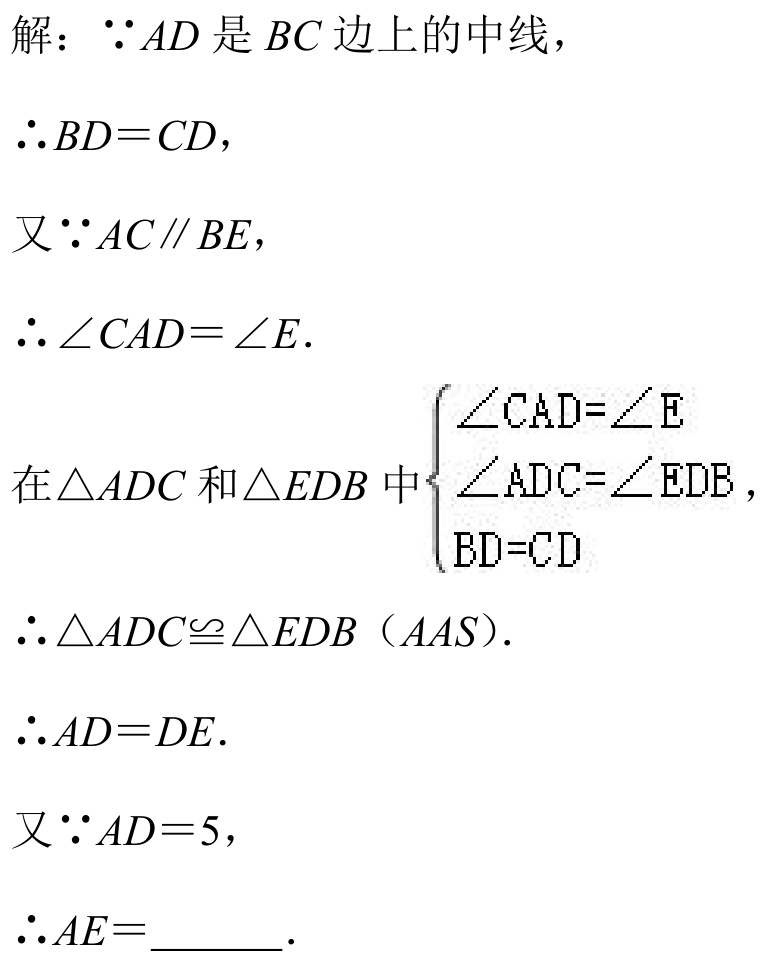
解：$\because AD$是$BC$边上的中线，
$\therefore BD = CD$，
又$\because AC\parallel BE$，
$\therefore \angle CAD=\angle E$.
在$\triangle ADC$和$\triangle EDB$中$\begin{cases}\angle CAD=\angle E\\\angle ADC=\angle EDB\\BD = CD\end{cases}$，
$\therefore \triangle ADC\cong\triangle EDB（AAS）$.
$\therefore AD = DE$.
又$\because AD = 5$，
$\therefore AE = \_\_\_\_$.